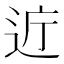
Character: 𫐤